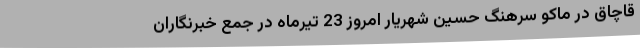
قاچاق در ماکو سرهنگ حسین شهریار امروز 23 تیرماه در جمع خبرنگاران